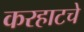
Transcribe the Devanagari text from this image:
करहाटचे